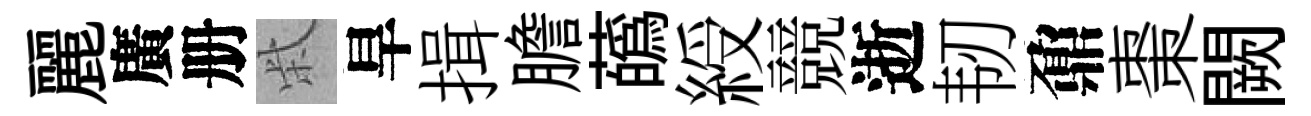
麗廣册柴旱揖膽蘤綬競逝韧鼐棗闕